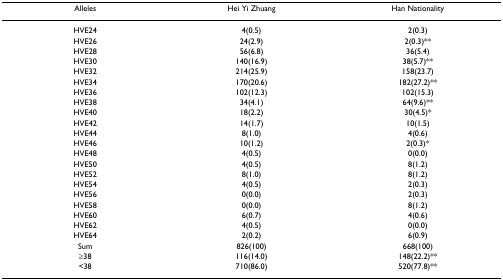
<table><thead><tr><td><b>Alleles</b></td><td><b>Hei Yi Zhuang</b></td><td><b>Han Nationality</b></td></tr></thead><tbody><tr><td>HVE24</td><td>4(0.5)</td><td>2(0.3)</td></tr><tr><td>HVE26</td><td>24(2.9)</td><td>2(0.3)**</td></tr><tr><td>HVE28</td><td>56(6.8)</td><td>36(5.4)</td></tr><tr><td>HVE30</td><td>140(16.9)</td><td>38(5.7)**</td></tr><tr><td>HVE32</td><td>214(25.9)</td><td>158(23.7)</td></tr><tr><td>HVE34</td><td>170(20.6)</td><td>182(27.2)**</td></tr><tr><td>HVE36</td><td>102(12.3)</td><td>102(15.3)</td></tr><tr><td>HVE38</td><td>34(4.1)</td><td>64(9.6)**</td></tr><tr><td>HVE40</td><td>18(2.2)</td><td>30(4.5)*</td></tr><tr><td>HVE42</td><td>14(1.7)</td><td>10(1.5)</td></tr><tr><td>HVE44</td><td>8(1.0)</td><td>4(0.6)</td></tr><tr><td>HVE46</td><td>10(1.2)</td><td>2(0.3)*</td></tr><tr><td>HVE48</td><td>4(0.5)</td><td>0(0.0)</td></tr><tr><td>HVE50</td><td>4(0.5)</td><td>8(1.2)</td></tr><tr><td>HVE52</td><td>8(1.0)</td><td>8(1.2)</td></tr><tr><td>HVE54</td><td>4(0.5)</td><td>2(0.3)</td></tr><tr><td>HVE56</td><td>0(0.0)</td><td>2(0.3)</td></tr><tr><td>HVE58</td><td>0(0.0)</td><td>8(1.2)</td></tr><tr><td>HVE60</td><td>6(0.7)</td><td>4(0.6)</td></tr><tr><td>HVE62</td><td>4(0.5)</td><td>0(0.0)</td></tr><tr><td>HVE64</td><td>2(0.2)</td><td>6(0.9)</td></tr><tr><td>Sum</td><td>826(100)</td><td>668(100)</td></tr><tr><td>≥38</td><td>116(14.0)</td><td>148(22.2)**</td></tr><tr><td>&lt;38</td><td>710(86.0)</td><td>520(77.8)**</td></tr></tbody></table>